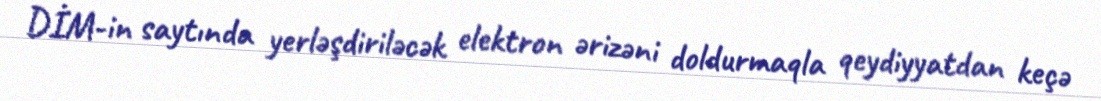
DİM-in saytında yerləşdiriləcək elektron ərizəni doldurmaqla qeydiyyatdan keçə